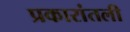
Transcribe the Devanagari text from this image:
प्रकारांतली